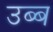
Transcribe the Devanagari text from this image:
उब्ब